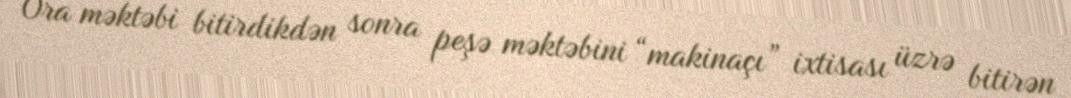
Ora məktəbi bitirdikdən sonra peşə məktəbini “makinaçı” ixtisası üzrə bitirən